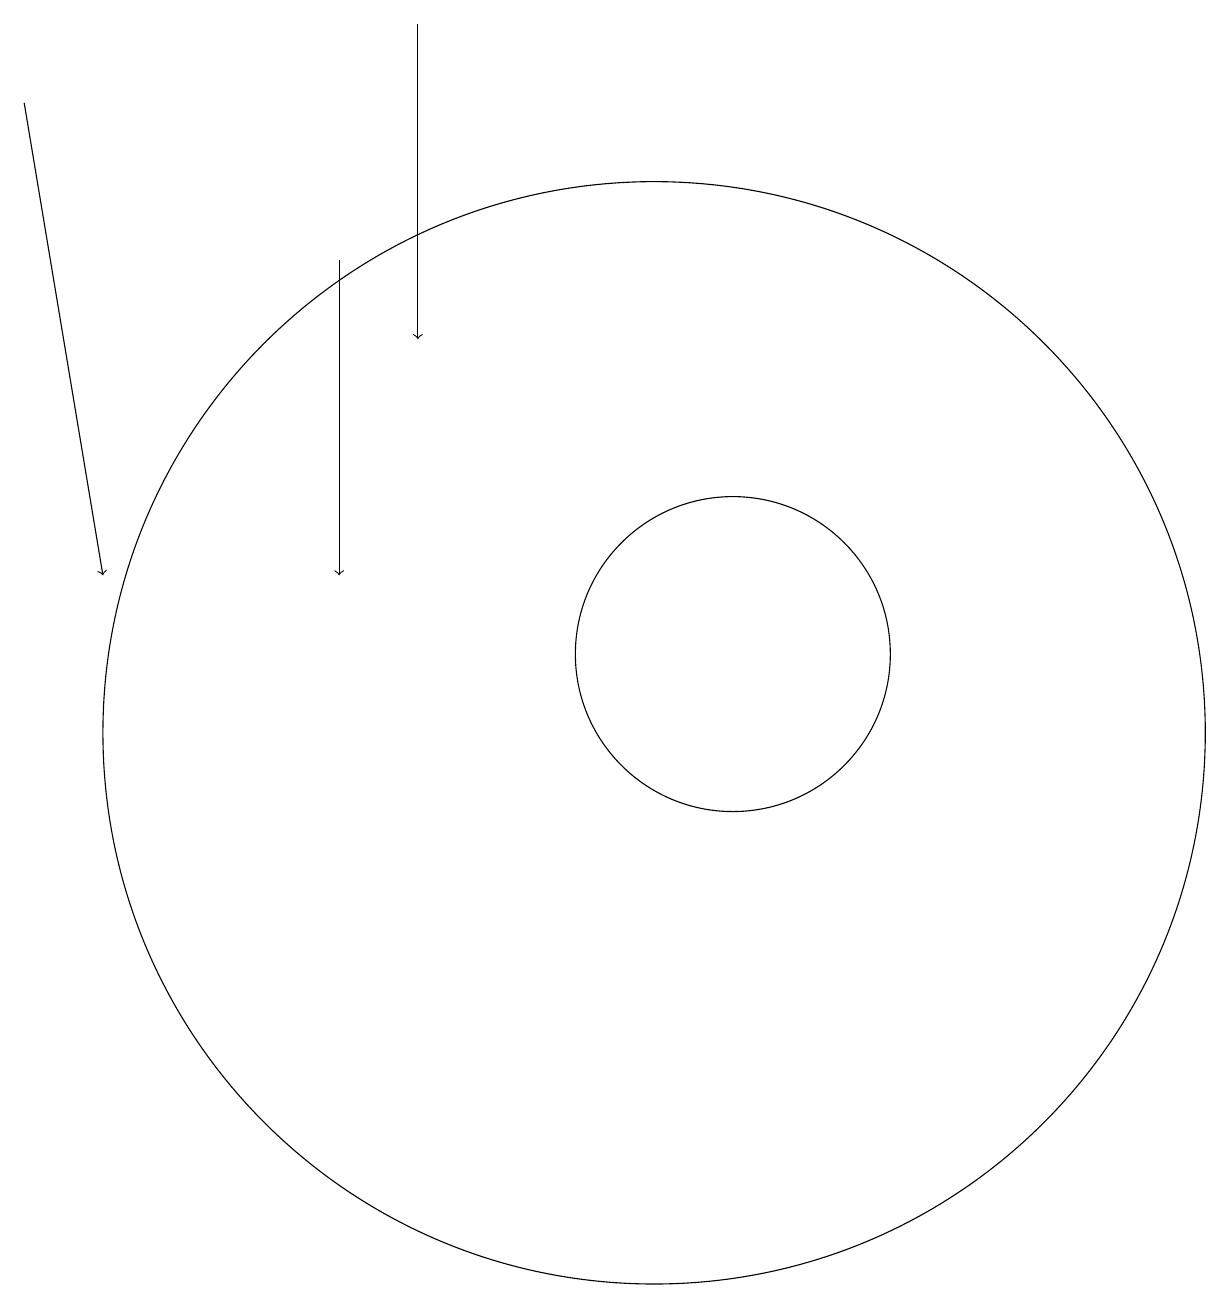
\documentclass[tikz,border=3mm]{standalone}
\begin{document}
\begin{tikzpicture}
\draw[->] (8,19) -- (8,15);
\draw (12,11) circle (2);
\draw[->] (3,18) -- (4,12);
\draw (11,10) circle (7);
\draw[->] (7,16) -- (7,12);
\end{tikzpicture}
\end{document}